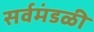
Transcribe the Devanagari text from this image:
सर्वमंडळी